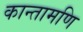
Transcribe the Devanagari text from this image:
कान्तामणि